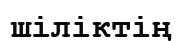
шіліктің